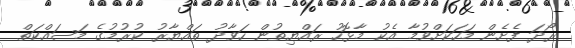
ރޯދަ ފެށެން މަހަކަށްވުމާ އެކު މާޅޮހު ރައްޔިތުން ހަވާދު ތައްޔާރު ކުރުމުގެ މަސައްކަތް